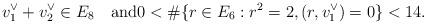
LaTeX: \begin{align*}v_1^\vee + v_2^\vee \in E_8\quad\textrm{and}0 < \#\{r \in E_6 : r^2 = 2, (r,v_1^\vee) = 0\} < 14.\end{align*}